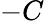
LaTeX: -C